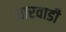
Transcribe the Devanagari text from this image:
धारवाडी